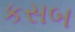
કસબ